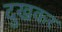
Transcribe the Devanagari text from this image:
दुखकर